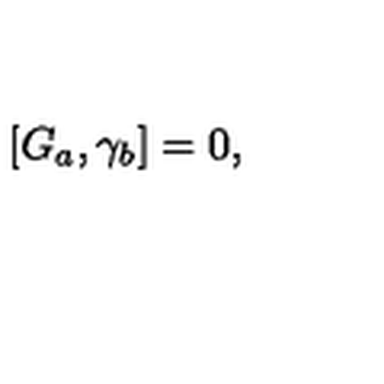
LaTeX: \left[ G _ { a } , \gamma _ { b } \right] = 0 ,